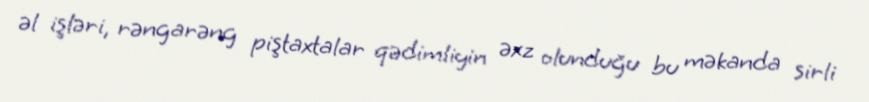
əl işləri, rəngarəng piştaxtalar qədimliyin əxz olunduğu bu məkanda sirli